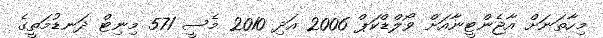
މިހާތަނަށް އާޖެންޓީނާއަށް ވޯލްޑްކަޕް 2006 އަދި 2010 މެސީ 571 މިނިޓް ދަނޑުމަތީގެ